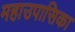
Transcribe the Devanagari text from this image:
महाउपासिका